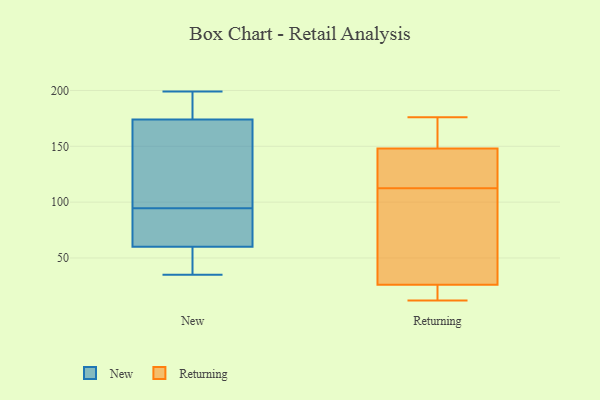
{"axis": {"x": "Waste Production (Tons)", "y": "Value"}, "legend": ["New", "Returning"], "data": [{"x": "", "y": 191, "type": "New"}, {"x": "", "y": 46, "type": "New"}, {"x": "", "y": 79, "type": "New"}, {"x": "", "y": 35, "type": "New"}, {"x": "", "y": 174, "type": "New"}, {"x": "", "y": 105, "type": "New"}, {"x": "", "y": 66, "type": "New"}, {"x": "", "y": 142, "type": "New"}, {"x": "", "y": 91, "type": "New"}, {"x": "", "y": 52, "type": "New"}, {"x": "", "y": 98, "type": "New"}, {"x": "", "y": 60, "type": "New"}, {"x": "", "y": 197, "type": "New"}, {"x": "", "y": 199, "type": "New"}, {"x": "", "y": 72, "type": "Returning"}, {"x": "", "y": 26, "type": "Returning"}, {"x": "", "y": 115, "type": "Returning"}, {"x": "", "y": 148, "type": "Returning"}, {"x": "", "y": 18, "type": "Returning"}, {"x": "", "y": 13, "type": "Returning"}, {"x": "", "y": 174, "type": "Returning"}, {"x": "", "y": 154, "type": "Returning"}, {"x": "", "y": 43, "type": "Returning"}, {"x": "", "y": 110, "type": "Returning"}, {"x": "", "y": 12, "type": "Returning"}, {"x": "", "y": 176, "type": "Returning"}, {"x": "", "y": 126, "type": "Returning"}, {"x": "", "y": 128, "type": "Returning"}]}